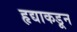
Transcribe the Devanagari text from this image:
हृद्याकडून